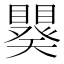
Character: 𬑪